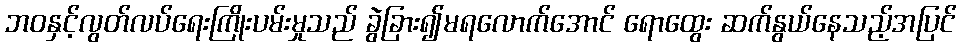
ဘဝနှင့်လွတ်လပ်ရေးကြိုးပမ်းမှုသည် ခွဲခြား၍မရလောက်အောင် ရောထွေး ဆက်နွယ်နေသည့်အပြင်